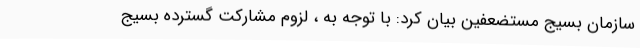
سازمان بسیج مستضعفین بیان کرد: با توجه به ، لزوم مشارکت گسترده بسیج